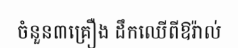
ចំនួន៣គ្រឿង ដឹកឈើពីឱរ៉ាល់